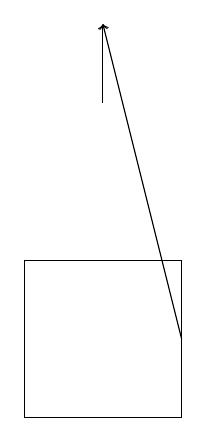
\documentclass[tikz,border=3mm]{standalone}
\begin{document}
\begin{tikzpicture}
\draw (6,16) rectangle (8,14);
\draw[->] (8,15) -- (7,19);
\draw[->] (7,18) -- (7,19);
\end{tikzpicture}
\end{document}